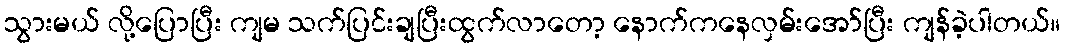
သွားမယ် လို့ပြောပြီး ကျမ သက်ပြင်းချပြီးထွက်လာတော့ နောက်ကနေလှမ်းအော်ပြီး ကျန်ခဲ့ပါတယ်။